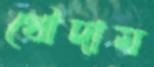
থৌদাম